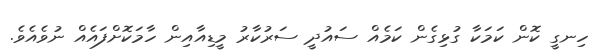
ހިނގީ ކޮން ކަމަކާ ގުޅިގެން ކަމެއް ސައުދީ ސަރުކާރު މީޑިއާއިން ހާމަކޮށްފައެއް ނުވެއެވެ.